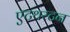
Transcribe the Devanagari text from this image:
एटथरटन